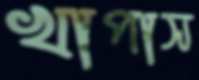
খাপাস